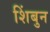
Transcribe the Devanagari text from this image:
शिंबुन